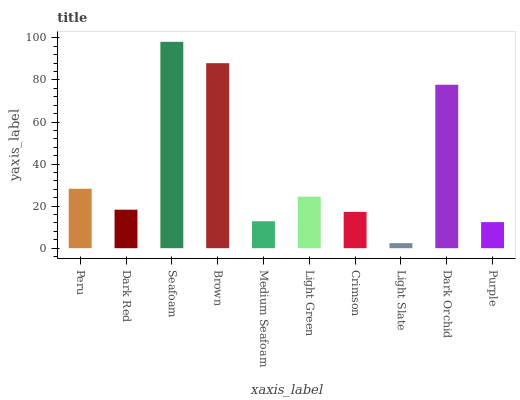
| xaxis_label | bars |
 | --- | --- |
 | Peru | 28.3 |
 | Dark Red | 18.3 |
 | Seafoam | 98.2 |
 | Brown | 88 |
 | Medium Seafoam | 12.8 |
 | Light Green | 24.5 |
 | Crimson | 17.3 |
 | Light Slate | 2.4 |
 | Dark Orchid | 77.7 |
 | Purple | 12.4 |